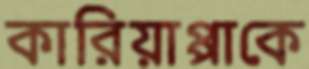
কারিয়াপ্পাকে